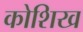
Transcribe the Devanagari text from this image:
कोशिख